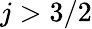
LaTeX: j>3/2